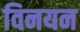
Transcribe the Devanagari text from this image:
विनयन